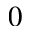
0